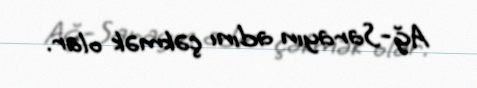
Ağ-Sarayın adını çəkmək olar.